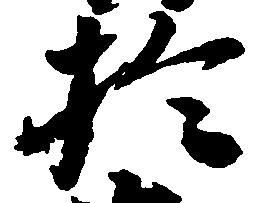
於